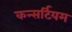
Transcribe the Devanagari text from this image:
कन्सर्टियम